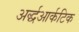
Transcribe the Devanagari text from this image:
अर्द्धआर्कटिक